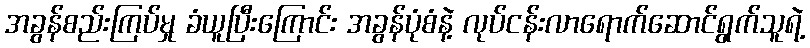
အခွန်စည်းကြပ်မှု ခံယူပြီးကြောင်း အခွန်ပုံစံနဲ့ လုပ်ငန်းလာရောက်ဆောင်ရွက်သူရဲ့